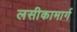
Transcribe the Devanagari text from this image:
लसीकामार्ग